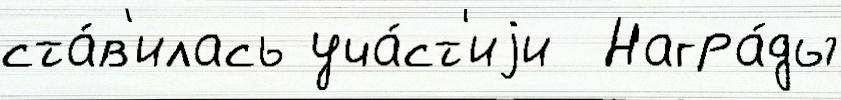
ста́в'илась уча́ст'иjи  Награ́ды